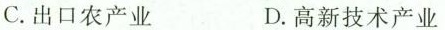
C.出口农产业 D.高新技术产业